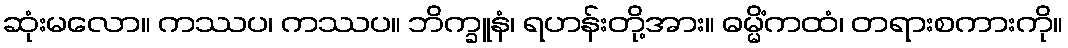
ဆုံးမလော။ ကဿပ၊ ကဿပ။ ဘိက္ခူနံ၊ ရဟန်းတို့အား။ ဓမ္မိံကထံ၊ တရားစကားကို။